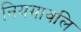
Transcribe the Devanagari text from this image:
नियमावलि